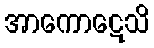
အာကောဋေသိ